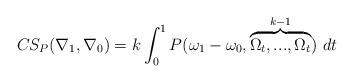
LaTeX: \begin{align*}CS_P(\nabla_1,\nabla_0) = k\int_0^1 P(\omega_1-\omega_0,\overbrace{\Omega_t,...,\Omega_t}^{k-1})\ dt\end{align*}